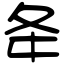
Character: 夅